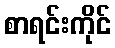
စာရင်းကိုင်